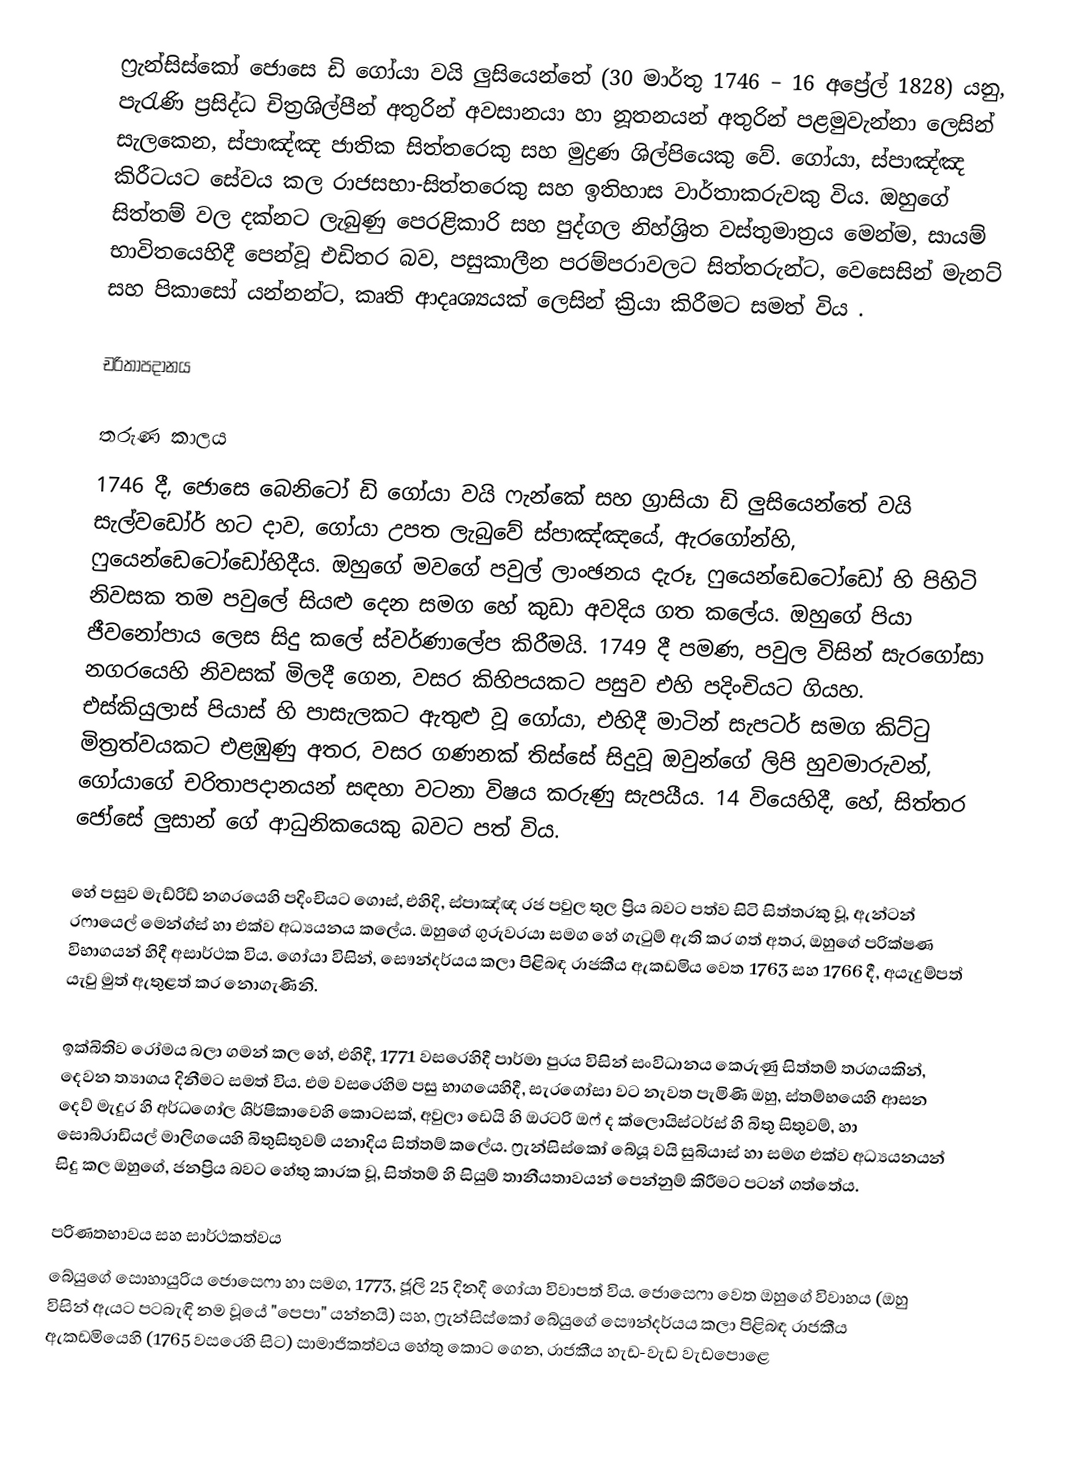
ෆ්‍රැන්සිස්කෝ ජොසෙ ඩි ගෝයා වයි ලුසියෙන්තේ (30 මාර්තු 1746 – 16 අප්‍රේල් 1828) යනු,  පැරැණි ප්‍රසිද්ධ චිත්‍රශිල්පීන් අතුරින් අවසානයා හා නූතනයන් අතුරින් පළමුවැන්නා ලෙසින් සැලකෙන, ස්පාඤ්ඤ ජාතික සිත්තරෙකු සහ මුද්‍රණ ශිල්පියෙකු වේ. ගෝයා, ස්පාඤ්ඤ කිරීටයට සේවය කල රාජසභා-සිත්තරෙකු සහ ඉතිහාස වාර්තාකරුවකු විය. ඔහු‍ගේ සිත්තම් වල දක්නට ලැබුණු පෙරළිකාරි සහ පුද්ගල නිහ්ශ්‍රිත වස්තුමාත්‍රය ‍මෙන්ම, සායම් භාවිතයෙහිදී පෙන්වූ එඩිතර බව, පසුකාලීන පරම්පරාවලට සිත්තරුන්ට, වෙසෙසින්  මැනට් සහ පිකාසෝ යන්නන්ට,  කෘති ආදෘශ්‍යයක් ‍‍ලෙසින් ක්‍රියා කිරීමට සමත් විය .

චරිතාපදානය

තරුණ කාලය
1746 දී, ජොසෙ බෙනිටෝ ඩි ගෝයා වයි ෆැන්කේ සහ ග්‍රාසියා ඩි ලුසියෙන්තේ වයි සැල්වඩෝර් හට දාව, ගෝයා උපත ලැබුවේ ස්පාඤ්ඤයේ, ඇරගෝන්හි, ෆුයෙන්ඩෙටෝඩෝහිදීය.  ඔහුගේ මවගේ පවුල් ලාංඡනය දැරූ, ෆුයෙන්ඩෙටෝඩෝ හි පිහිටි නිවසක තම පවුලේ සියළු දෙන සමග ‍හේ කුඩා අවදිය ගත කලේය. ඔහුගේ පියා ජීවනෝපාය ලෙස සිදු කලේ ස්වර්ණාලේප කිරීමයි. 1749 දී පමණ, පවුල විසින්  සැරගෝසා නගරයෙහි නිවසක් මිලදී ගෙන, වසර කිහිපයකට පසුව එහි පදිංචියට ගියහ. එස්කියුලාස්  පියාස් හි පාසැලකට ඇතුළු වූ ගෝයා, එහිදී මාටින්  සැපටර් සමග කිට්ටු මිත්‍රත්වයකට එළඹුණු අතර, වසර ගණනක් තිස්සේ සිදුවූ  ඔවුන්ගේ ලිපි හුවමාරුවන්, ගෝයාගේ චරිතාපදානයන් සඳහා වටනා විෂය කරුණු සැපයීය. 14 වියෙහිදී, හේ,  සිත්තර  ජෝසේ  ලුසාන් ගේ ආධුනිකයෙකු බවට පත් විය.

හේ පසුව මැඩ්රිඩ් නගරයෙහි පදිංචියට ගොස්,  එහිදි,  ස්පාඤ්ඥ රජ පවුල තුල ප්‍රිය බවට පත්ව සිටි සිත්තරකු වූ, ඇන්ටන්  රෆායෙල්  මෙන්ග්ස් හා එක්ව අධ්‍යයනය කලේය. ඔහුගේ ගුරුවරයා සමග හේ ගැටුම් ඇති කර ගත් අතර, ඔහුගේ පරික්ෂණ විභාගයන් හිදී අසාර්ථක විය. ගෝයා විසින්, සෞන්දර්යය කලා පිළිබඳ රාජකීය ඇකඩමිය වෙත 1763 සහ 1766 දී, අයැදුම්පත් යැවු මුත් ඇතුළත් කර නොගැණිනි.

ඉක්බිතිව රෝමය බලා ගමන් කල හේ, එහිදී, 1771 වසරෙහිදී පාර්මා පුරය විසින් සංවිධානය කෙරුණු සිත්තම් තරගයකින්,  දෙවන ත්‍යාගය දිනීමට සමත් විය. එම වසරෙහිම පසු භාගයෙහිදී, සැරගෝසා වට නැවත පැමිණි ඔහු, ස්තම්භයෙහි ආසන දෙව් මැදුර හි අර්ධගෝල ශිර්ෂිකාවෙහි කොටසක්, අවුලා ඩෙයි හි ඔරටරි ඔෆ් ද ක්ලොයිස්ටර්ස් හි බිතු සිතුවම්, හා සොබ්රාඩියල් මාලිගයෙහි බිතුසිතුවම් යනාදිය සිත්තම් කලේය. ෆ්‍රැන්සිස්කෝ බේයූ වයි සුබියාස් හා සමග එක්ව අධ්‍යයනයන් සිදු කල ඔහුගේ, ජනප්‍රිය බවට හේතු කාරක වූ,  සිත්තම් හි සියුම් තානීයතාවයන් පෙන්නුම් කිරීමට පටන් ගත්තේය.

පරිණතභාවය සහ සාර්ථකත්වය
බේයුගේ සොහායුරිය ජොසෙෆා හා සමග, 1773, ජූලි 25 දිනදී ගෝයා  විවාපත් විය. ජොසෙෆා වෙත ඔහුගේ විවාහය (ඔහු විසින් ඇයට පටබැඳි නම වූයේ "පෙපා" යන්නයි) සහ,  ෆ්‍රැන්සිස්කෝ  බේයුගේ සෞන්දර්යය කලා පිළිබඳ රාජකීය ඇකඩමියෙහි (1765 වසරෙහි සිට) සාමාජිකත්වය හේතු කොට ගෙන, රාජකීය හැඩ-වැඩ වැඩපොළෙ